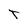
Character: t